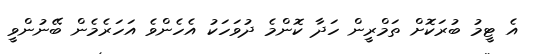
އެ ޓީމު ބުރަކޮށް ތަމްރީން ހަދާ ކޮންމެ ދުވަހަކު އެހެންވެ އަހަރެމެން ބޭނުންވީ